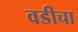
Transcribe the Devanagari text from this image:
वडीचा